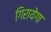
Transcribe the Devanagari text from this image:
गिरायेगा